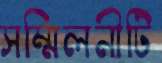
সম্মিলনীটি